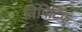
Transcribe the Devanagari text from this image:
त्रिपिटिक